Annual report of the Punjab Veterinary College and of the Civil Veterinary Department, Punjab - 1926-1932
Year: 1926
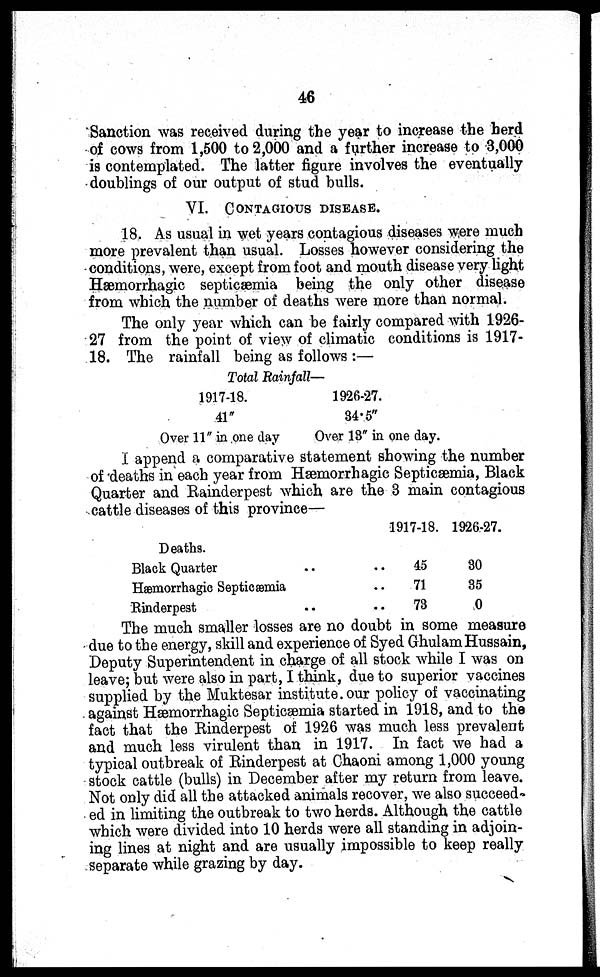
46
Sanction was received during the year to increase the herd
of cows from 1,500 to 2,000 and a further increase to 3,000
is contemplated. The latter figure involves the eventually
doublings of our output of stud bulls.
VI. CONTAGIOUS DISEASE.
18. As usual in wet years contagious diseases were much
more prevalent than usual. Losses however considering the
conditions, were, except from foot and mouth disease very light
Hæmorrhagic septicæmia being the only other disease
from which the number of deaths were more than normal.
The only year which can be fairly compared with 1926-
27 from the point of view of climatic conditions is 1917-
18. The rainfall being as follows :—
Total Rainfall—
1917-18.
41"
Over 11" in one day
1926-27.
34.5"
Over 13" in one day.
I append a comparative statement showing the number
of deaths in each year from Hæmorrhagic Septicæmia, Black
Quarter and Rainderpest which are the 3 main contagious
cattle diseases of this province—
Deaths.
Black Quarter .. ..
Hæmorrhagic Septicæmia ..
Rinderpest .. ..
1917-18.
45
71
73
1926-27.
30
35
0
The much smaller losses are no doubt in some measure
due to the energy, skill and experience of Syed Ghulam Hussain,
Deputy Superintendent in charge of all stock while I was on
leave; but were also in part, I think, due to superior vaccines
supplied by the Muktesar institute. our policy of vaccinating
against Hæmorrhagic Septicæmia started in 1918, and to the
fact that the Rinderpest of 1926 was much less prevalent
and much less virulent than in 1917. In fact we had a
typical outbreak of Rinderpest at Chaoni among 1,000 young
stock cattle (bulls) in December after my return from leave.
Not only did all the attacked animals recover, we also succeed-
ed in limiting the outbreak to two herds. Although the cattle
which were divided into 10 herds were all standing in adjoin-
ing lines at night and are usually impossible to keep really
separate while grazing by day.